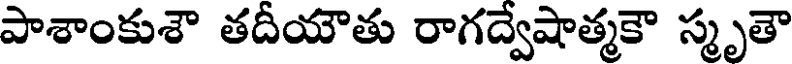
పాశాంకుశౌ తదీయౌతు రాగద్వేషాత్మకౌ స్మృతౌ